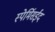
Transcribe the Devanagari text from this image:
स्पेर्मिसईद